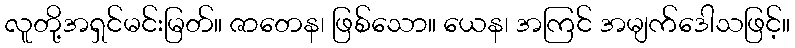
လူတို့အရှင်မင်းမြတ်။ ဇာတေန၊ ဖြစ်သော။ ယေန၊ အကြင် အမျက်ဒေါသဖြင့်။